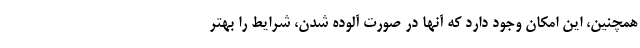
همچنین، این امکان وجود دارد که آنها در صورت آلوده شدن، شرایط را بهتر